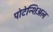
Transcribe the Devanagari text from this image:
पोटेन्शिअल